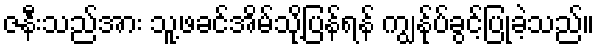
ဇနီးသည်အား သူ့ဖခင်အိမ်သို့ပြန်ရန် ကျွန်ုပ်ခွင့်ပြုခဲ့သည်။